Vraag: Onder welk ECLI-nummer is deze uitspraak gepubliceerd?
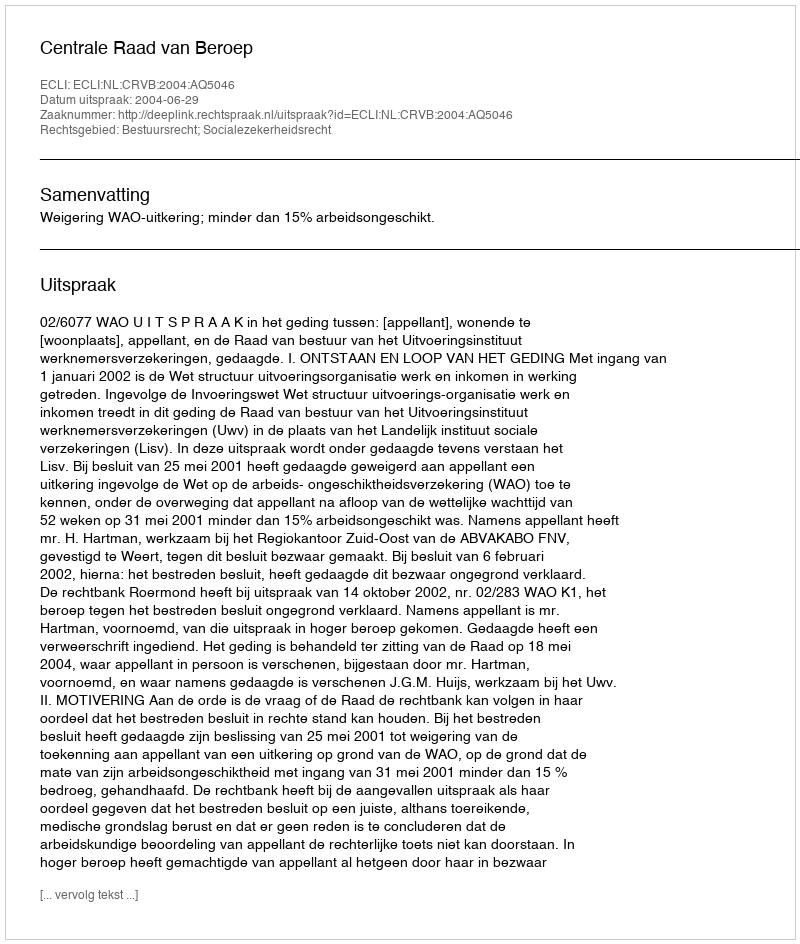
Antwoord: ECLI:NL:CRVB:2004:AQ5046